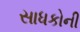
સાધકોની